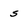
Character: s